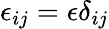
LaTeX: {\epsilon_{ij}}=\epsilon\delta_{ij}